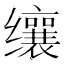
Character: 𬙋